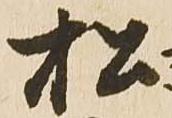
松